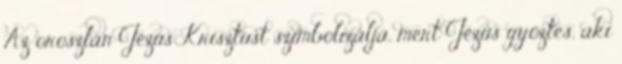
Az oroszlán Jézus Krisztust szimbolizálja, mert Jézus győztes, aki